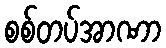
စစ်တပ်အာဏာ